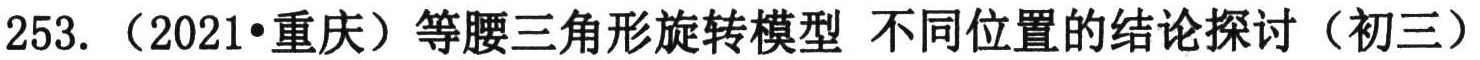
253. （2021•重庆）等腰三角形旋转模型 不同位置的结论探讨（初三）